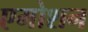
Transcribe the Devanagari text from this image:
एमोशन